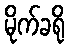
မိုက်ခရို